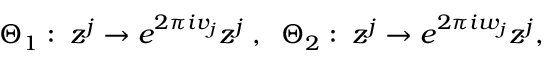
\Theta _ { 1 } : \; z ^ { j } \rightarrow e ^ { 2 \pi i v _ { j } } z ^ { j } \; , \; \; \Theta _ { 2 } : \; z ^ { j } \rightarrow e ^ { 2 \pi i w _ { j } } z ^ { j } ,